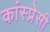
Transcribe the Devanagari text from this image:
कांस्प्रेसी